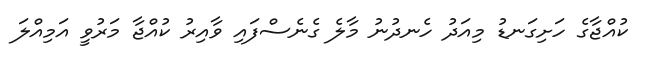
ކުއްޖާގެ ހަށިގަނޑު މިއަދު ހެނދުނު މާލެ ގެނެސްފައި ވާއިރު ކުއްޖާ މަރުވީ އަމިއްލަ